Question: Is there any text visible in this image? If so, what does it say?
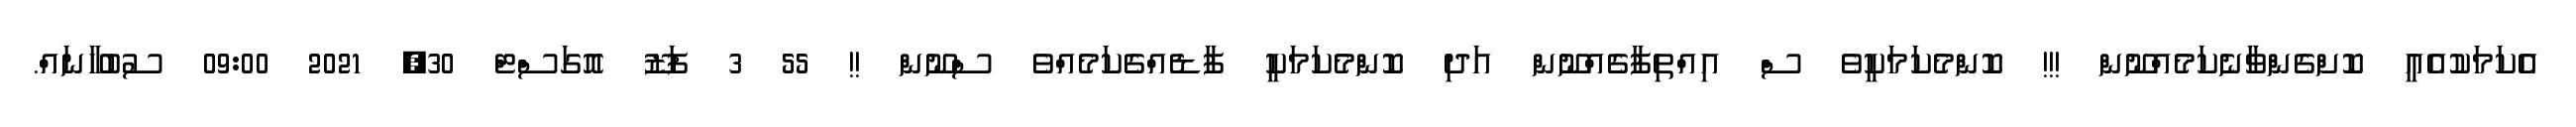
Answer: އެކަމަކުއެއީ ކޮށްގެންވާނެކަމެއްނޫން !!! ކޮންމެކަމަކީވެ ސް އިއްތިފާގެއްނޫން އަދި ކޮންމެކަމަކީ ފާޑެއްގެކަމެއްވެ ސްނޫން !! 55 3 ފަޒޫ އޮގަސްޓް 30, 2021 09:00 ސުބުހާނައް.